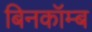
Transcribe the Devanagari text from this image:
बिनकॉम्ब